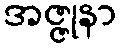
အဇ္ဇုနာ